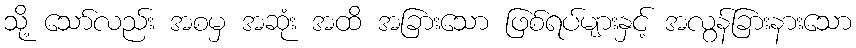
သို့ သော်လည်း အစမှ အဆုံး အထိ အခြားသော ဖြစ်ရပ်များနှင့် အလွန်ခြားနားသော